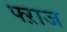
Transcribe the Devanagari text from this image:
फ्ऱाज